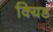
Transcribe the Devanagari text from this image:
क्यिड